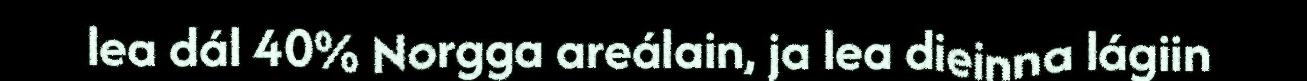
lea dál 40% Norgga areálain, ja lea dieinna lágiin